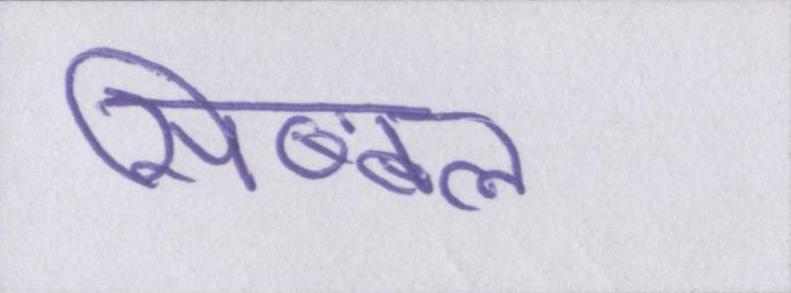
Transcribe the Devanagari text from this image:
सिब्बल